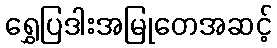
ရွှေပြဒါးအမြုတေအဆင့်